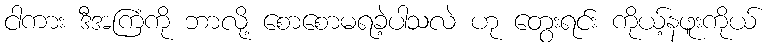
ငါကား ဒီအကြံကို ဘာလို့ စောစောမရခဲ့ပါသလဲ ဟု တွေးရင်း ကိုယ့်နဖူးကိုယ်